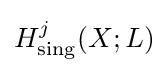
H_{\mathrm {sing} }^{j}(X;L)